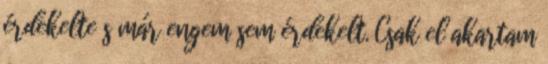
érdekelte s már engem sem érdekelt. Csak el akartam